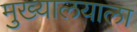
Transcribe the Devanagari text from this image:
मुख्यालयाला